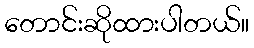
တောင်းဆိုထားပါတယ်။